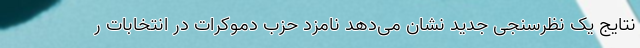
نتایج یک نظرسنجی جدید نشان می‌دهد نامزد حزب دموکرات در انتخابات ر